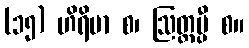
(၁၅) ဟိရိမာ စ၊ ဩတ္တပ္ပီ စ။